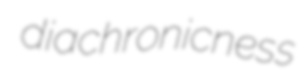
diachronicness